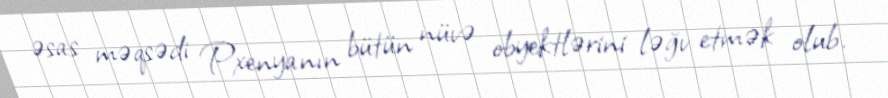
əsas məqsədi Pxenyanın bütün nüvə obyektlərini ləğv etmək olub.